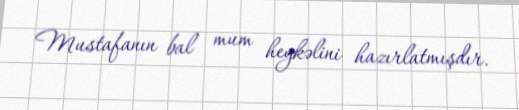
Mustafanın bal mum heykəlini hazırlatmışdır.